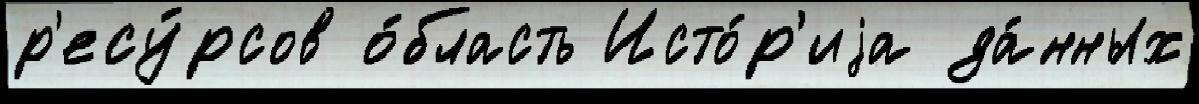
р'есу́рсов о́бласть Исто́р'иjа да́нных